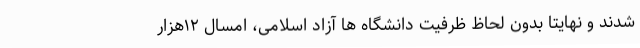
شدند و نهایتا بدون لحاظ ظرفیت دانشگاه ها آزاد اسلامی، امسال ۱۲هزار